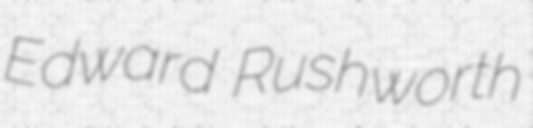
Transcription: Edward Rushworth